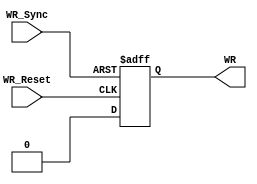
`timescale 1ns / 1ps

module WalkRegister(
    input WR_Sync,
    input WR_Reset,
    output reg WR
    );
	 
	 always@(posedge WR_Sync ,posedge WR_Reset) begin
		if (WR_Sync) begin
		  WR = 1;
		end
		else begin
		  if (WR_Reset) begin
		      WR = 0;
		  end      
	    end
	  end
endmodule